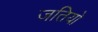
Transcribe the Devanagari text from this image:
जतियो